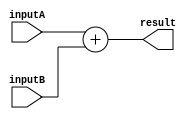
module adder #(parameter integer size = 8)(inputA, inputB, result);
	input [size - 1: 0] inputA, inputB;
	output reg [size - 1: 0] result;
	always @(*) begin
		result = inputA + inputB;
	end	
endmodule